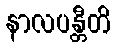
နာလပန္တီတိ